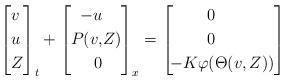
LaTeX: \begin{align*}\begin{aligned}\left[\begin{aligned}&v\\&u\\&Z\\\end{aligned}\right]_t +\left[\begin{aligned}-u&\\P(v,&Z) \\0&\\\end{aligned}\right]_x =\left[\begin{aligned}\!0&\\\!0&\\\!-K\varphi(&\Theta(v,Z))\\\end{aligned}\right]\end{aligned}\end{align*}